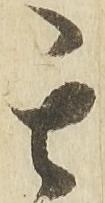
其